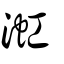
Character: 渱